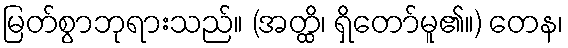
မြတ်စွာဘုရားသည်။ (အတ္ထိ၊ ရှိတော်မူ၏။) တေန၊